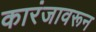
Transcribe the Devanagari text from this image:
कारंजावरून